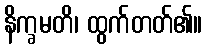
နိက္ခမတိ၊ ထွက်တတ်၏။